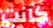
كانت